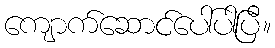
ကျောက်ဆောင်ပေါ်ပါပြီ။